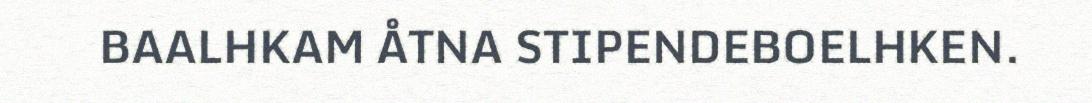
BAALHKAM ÅTNA STIPENDEBOELHKEN.